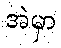
အဲမှာ